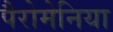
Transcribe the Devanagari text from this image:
पैरोमेनिया